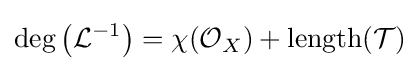
\operatorname {deg} \left({\mathcal {L}}^{-1}\right)=\chi ({\mathcal {O}}_{X})+\operatorname {length} ({\mathcal {T}})